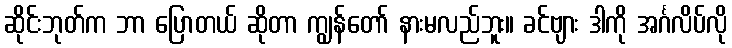
ဆိုင်းဘုတ်က ဘာ ပြောတယ် ဆိုတာ ကျွန်တော် နားမလည်ဘူး။ ခင်ဗျား ဒါကို အင်္ဂလိပ်လို